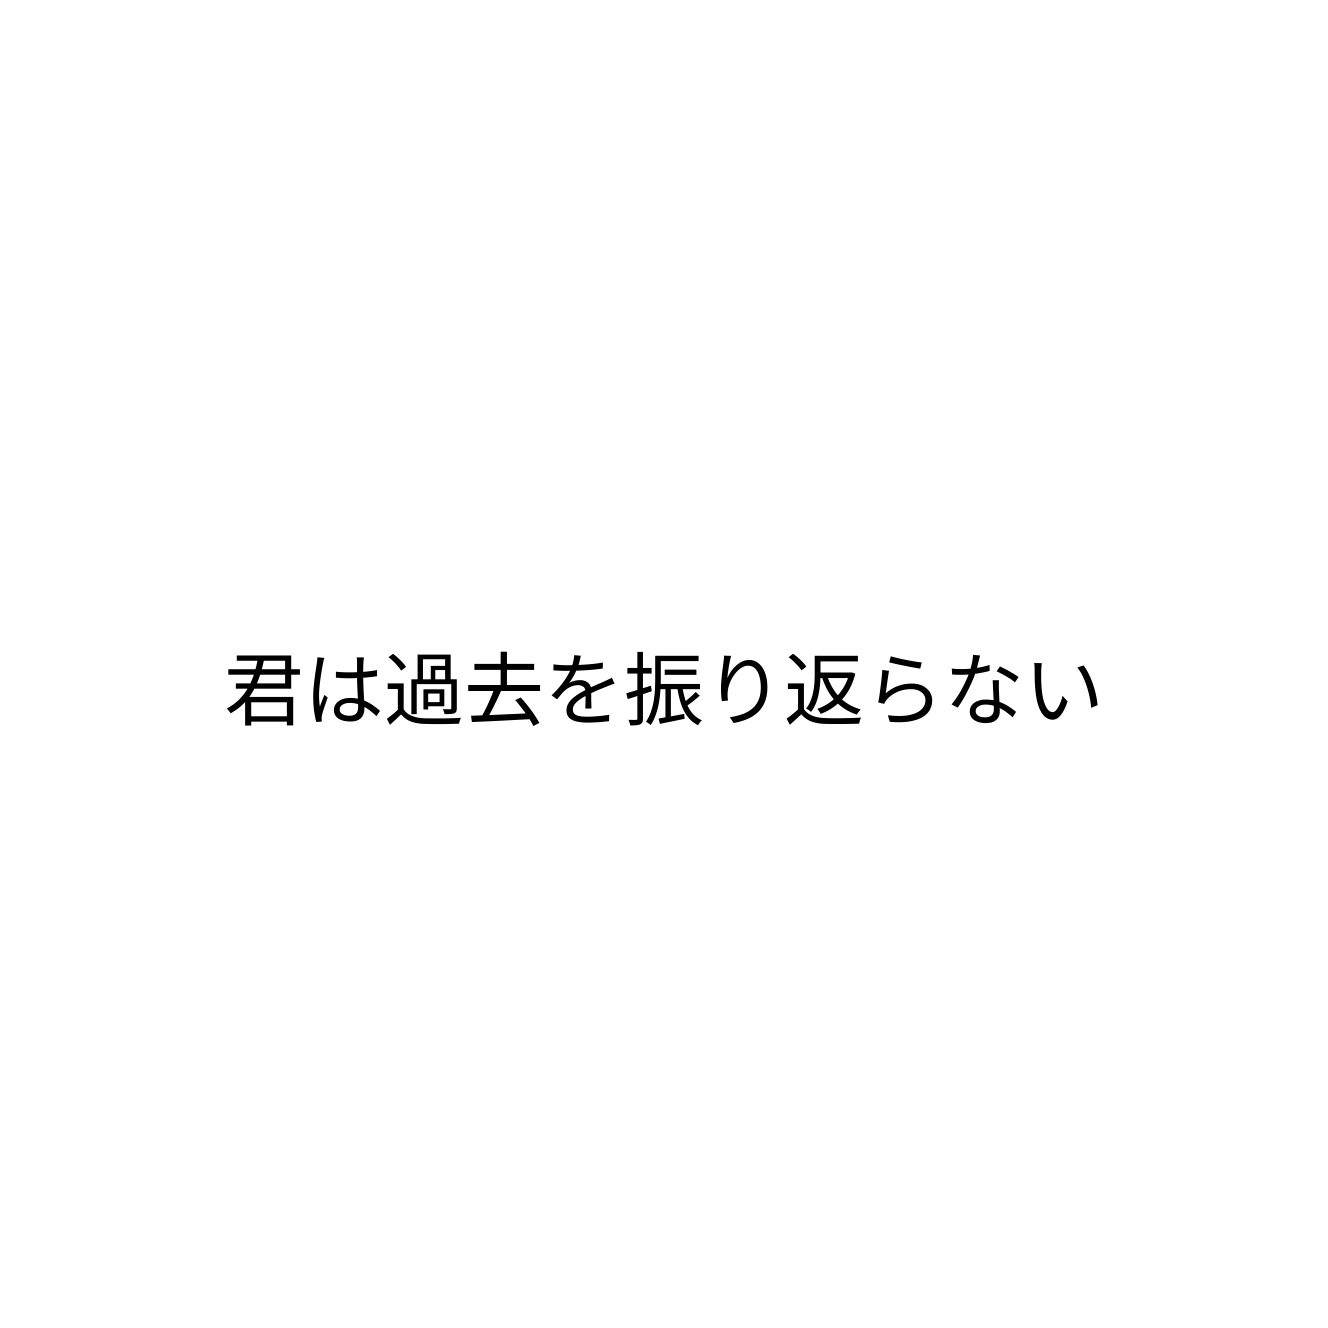
君は過去を振り返らない